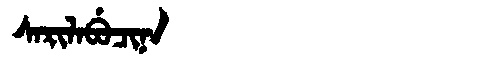
Manchu: ᠰᠠᡵᡳᠯᠠᠪᡠᠴᡳᠨᠠ
Romanization: SARILABUCINA